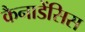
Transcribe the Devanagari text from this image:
कैनाडेंसिस